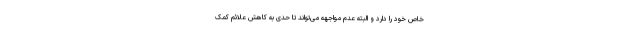
خاص خود را دارد و البته عدم مواجهه می‌تواند تا حدی به کاهش علائم کمک